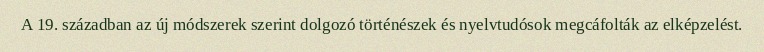
A 19. században az új módszerek szerint dolgozó történészek és nyelvtudósok megcáfolták az elképzelést.